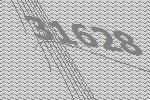
31628